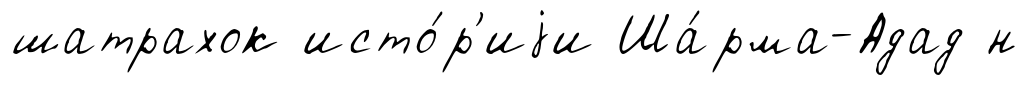
шатрахок исто́р'иjи Ша́рма-Адад н